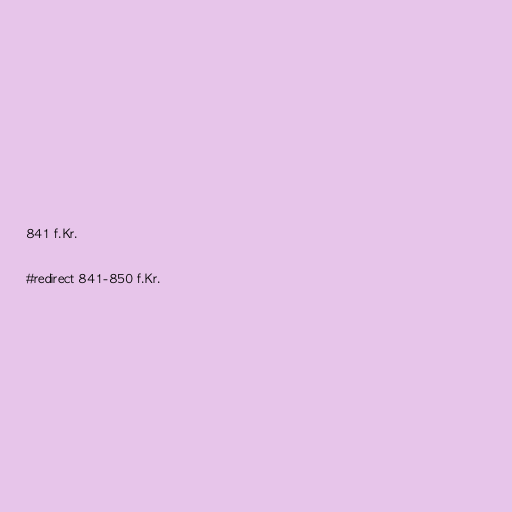
841 f.Kr.

#redirect 841-850 f.Kr.